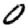
Digit: 0